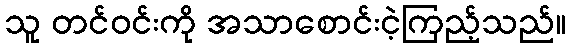
သူ တင်ဝင်းကို အသာစောင်းငဲ့ကြည့်သည်။